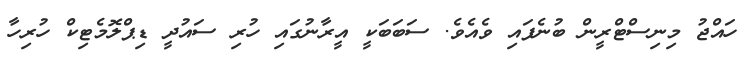
ހައްޖު މިނިސްޓްރީން ބުނެފައި ވެއެވެ. ސަބަބަކީ އީރާނުގައި ހުރި ސައުދީ ޑިޕްލޮމެޓިކް ހުރިހާ